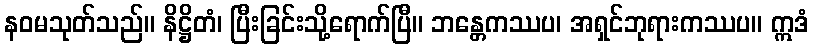
နဝမသုတ်သည်။ နိဋ္ဌိတံ၊ ပြီးခြင်းသို့ရောက်ပြီ။ ဘန္တေကဿပ၊ အရှင်ဘုရားကဿပ။ ဣဒံ